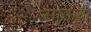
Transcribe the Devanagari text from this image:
साऊथी